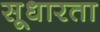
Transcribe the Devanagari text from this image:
सूधारता